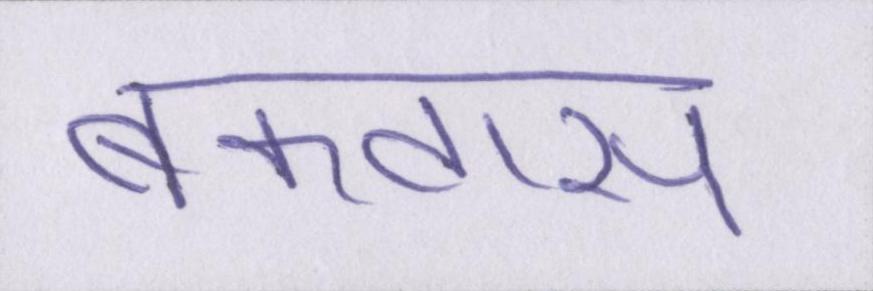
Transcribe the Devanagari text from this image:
बकवास